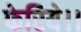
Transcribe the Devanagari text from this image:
फेरिये।।